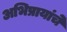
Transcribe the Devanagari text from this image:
अभिप्रायांचे